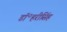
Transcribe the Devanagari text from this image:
डॉ॰हरीसिंह